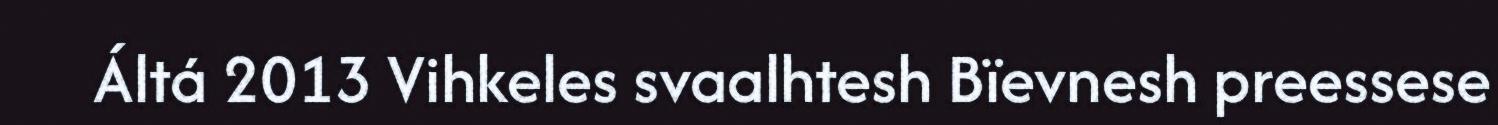
Áltá 2013 Vihkeles svaalhtesh Bïevnesh preessese